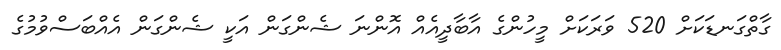
ގާތްގަނޑަކަށް 520 ވަރަކަށް މީހުންގެ އާބާދީއެއް އޮންނަ ޝެންގަން އަކީ ޝެންގަން އެއްބަސްވުމުގެ